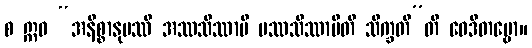
စ ဣဓ “အနိစ္စာနုပဿီ အဿသိဿာမိ ပဿသိဿာမီတိ သိက္ခတီ”တိ ဝေဒိတဗ္ဗော။